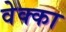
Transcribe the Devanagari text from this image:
वेक्का